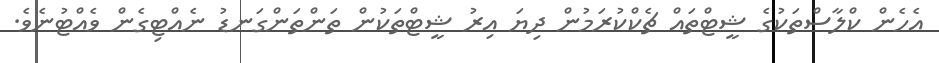
އެހެން ކްލާސްތަކުގެ ޝީޓްތައް ޗެކްކުރަމުން ދިޔަ އިރު ޝީޓްތަކުން ތަންތަންގަނޑު ނެއްޓިގެން ވެއްޓުނެވެ.